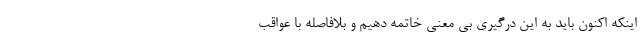
اینکه اکنون باید به این درگیری بی معنی خاتمه دهیم و بلافاصله با عواقب